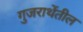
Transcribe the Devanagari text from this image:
गुजराथेंतील